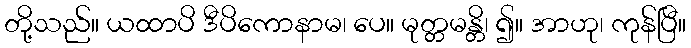
တို့သည်။ ယထာပိ ဒီပိကောနာမ၊ ပေ။ မုတ္တမန္တိ၊ ၍။ အာဟု၊ ကုန်ပြီ။